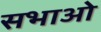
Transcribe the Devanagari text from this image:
सभाओ